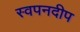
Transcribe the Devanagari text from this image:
स्वपनदीप